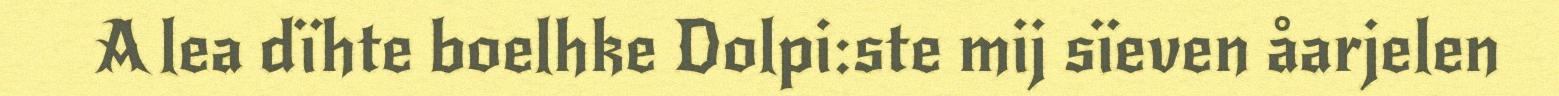
A lea dïhte boelhke Dolpi:ste mij sïeven åarjelen